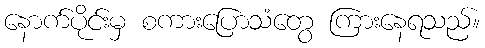
နောက်ပိုင်းမှ စကားပြောသံတွေ ကြားနေရသည်။